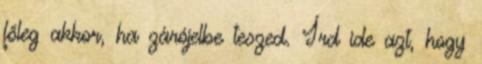
főleg akkor, ha zárójelbe teszed. Írd ide azt, hogy